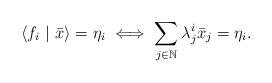
LaTeX: \begin{align*}\langle f_i \ |\ \bar{x} \rangle = \eta_i \iff \sum_{j\in \mathbb{N}} \lambda_j^i \bar{x}_j = \eta_i .\end{align*}